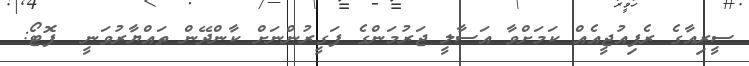
ސީރިއާގެ ރެފިއުޖީއެއް ކަމަށްވާ އަސާލީ ޖަރުމަންގެ ފަގީރުންނަށް ކާންދޭން ތައްޔާރުވަނީ  ފޮޓޯ: